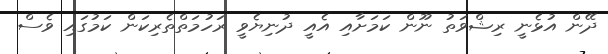
ދޭން އުޅެނީ ރިޝްވަތު ނޫން ކަމަށާއި އެއީ ދުނިޔެވީ ރަހުމަތްތެރިކަން ކަމުގައި ވެސް